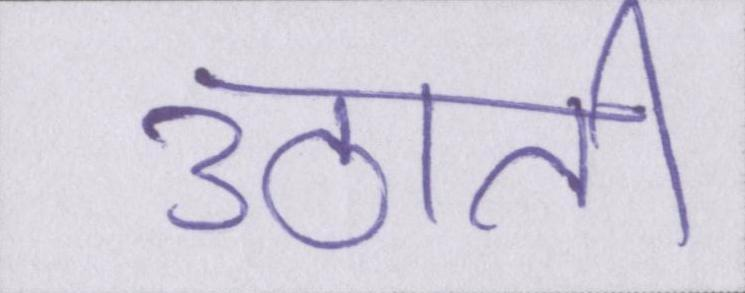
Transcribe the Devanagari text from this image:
उठाती